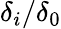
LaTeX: \delta_{i}/\delta_{0}